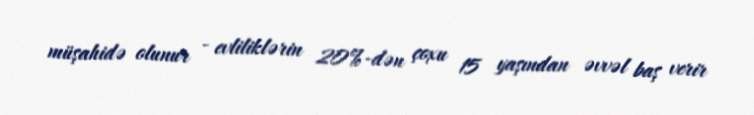
müşahidə olunur - evliliklərin 20%-dən çoxu 15 yaşından əvvəl baş verir